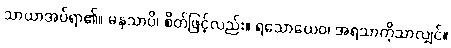
သာယာအပ်ရာ၏။ မနသာပိ၊ စိတ်ဖြင့်လည်း။ ရသောယေဝ၊ အရသာကိုသာလျှင်။